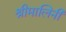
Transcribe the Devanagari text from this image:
श्रीमालिनी